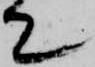
て